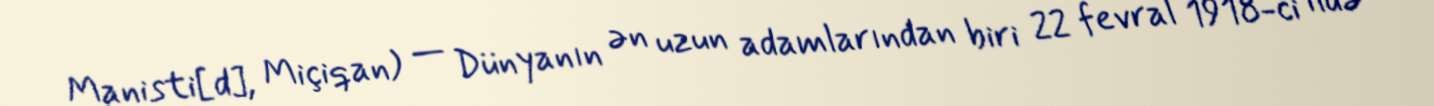
Manisti[d], Miçiqan) — Dünyanın ən uzun adamlarından biri 22 fevral 1918-ci ildə